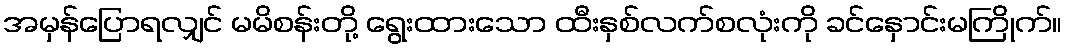
အမှန်ပြောရလျှင် မမိစန်းတို့ ရွေးထားသော ထီးနှစ်လက်စလုံးကို ခင်နှောင်းမကြိုက်။